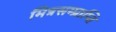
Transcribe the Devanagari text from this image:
मित्रसम्प्राप्ति